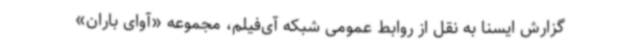
گزارش ایسنا به نقل از روابط‌ عمومی شبکه آی‌فیلم، مجموعه «آوای باران»